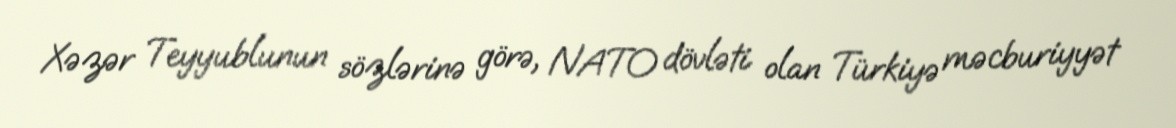
Xəzər Teyyublunun sözlərinə görə, NATO dövləti olan Türkiyə məcburiyyət